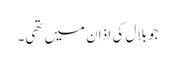
جو بلال کی اذان میں تھی۔